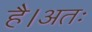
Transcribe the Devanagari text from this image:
है।अतः